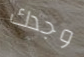
وجدك